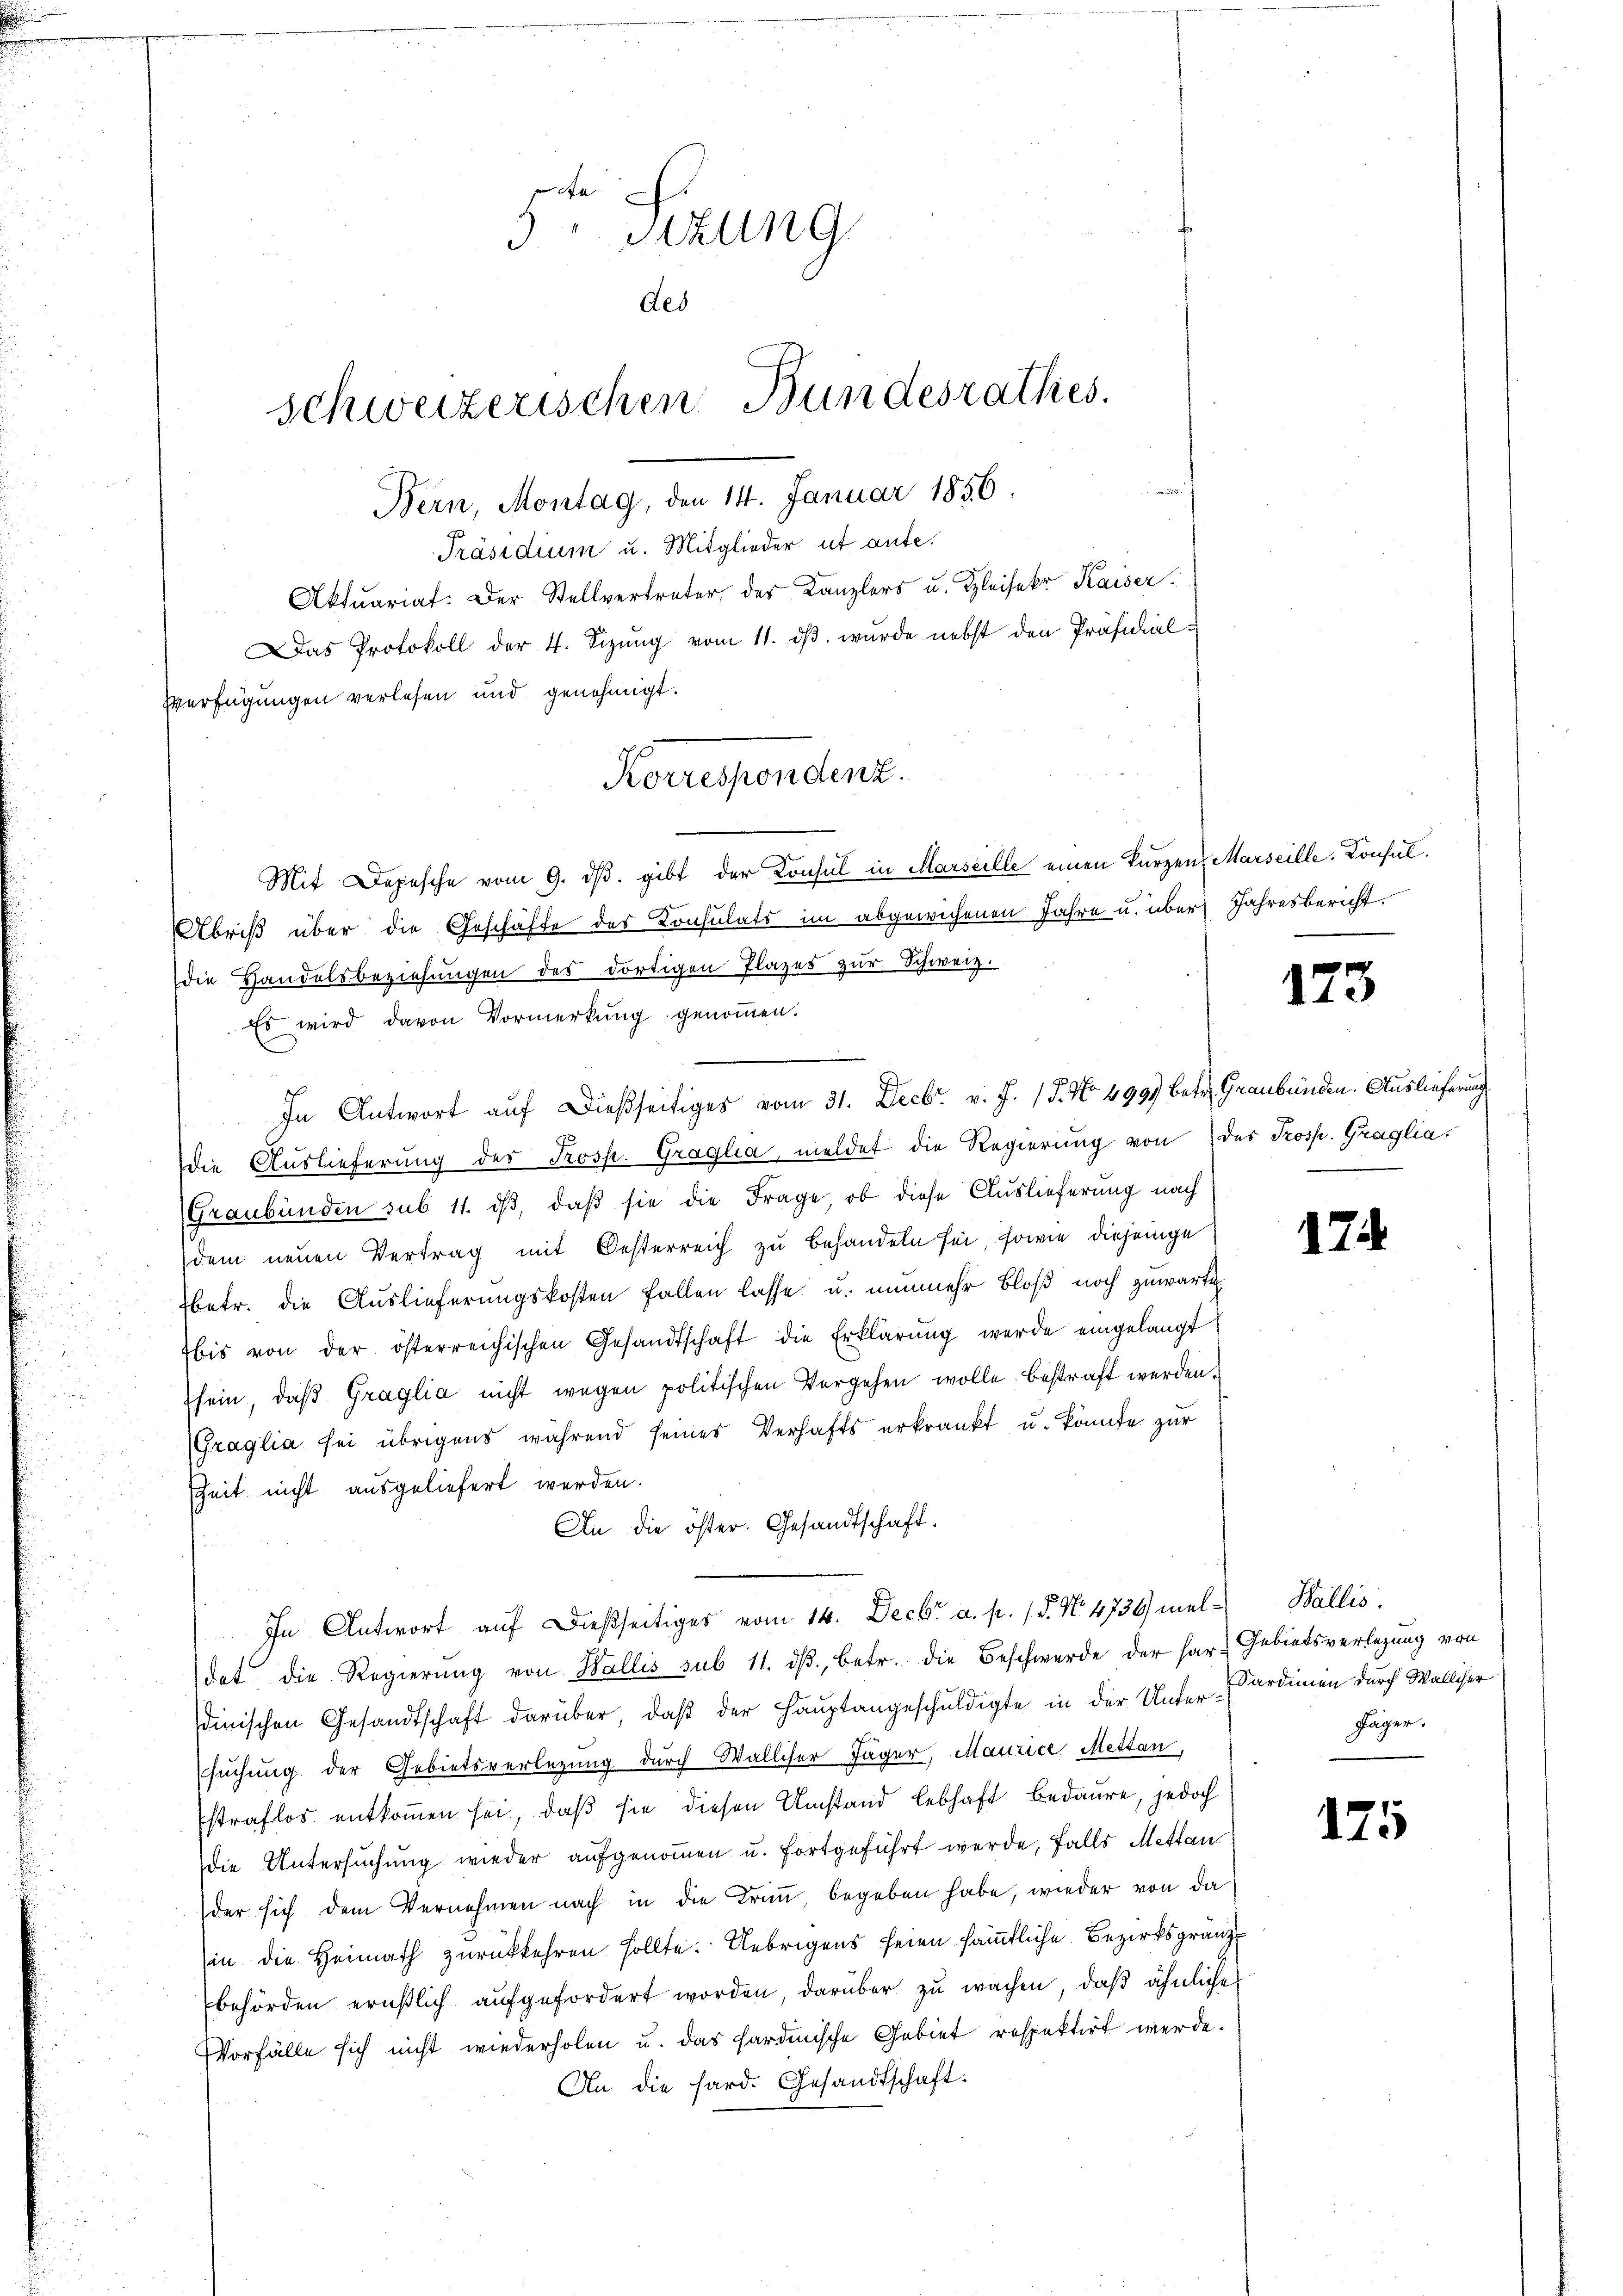
Bern, Montag, den 14. Januar 1856.

Sizung
des
Schweizerischen Bundesrathes.

Präsidium u. Mitglieder ut aufe.
Aktuariat. Der Stellvertreter des Kanzlers u. Kleisekr Kaiser
Das Protokoll der 4. Sizŭng vom 11. dβ. wurde nebst den Präsidial-
Verfügungen verlesen und genehmigt.
Korrespendenz.

Mit Depesche vom 9. ds. gibt der Konsul in Marseille einen kurzen Marseille Konsul¬
Abris über die Geschäfte des Konsulats im abgewichenen Jahre u. über Jahresbericht.
die Handelsbeziehungen des dortigen Plazes zur Schweiz.
Es wird davon Vormerkung genommen.
die Auslieferung des Prosp. Graglia, meldet die Regierung von des Prosp. Graglia.
Graubünden sub 11. dβ, daß sie die Frage, ob diese Auslieferung nach
dem neuen Vertrag mit Oesterreich zu behandeln sei, sowie diejenige
betr. die Auslieferungskosten fallen lasse u. nunmehr bloß noch zuwarte
is von der österreichischen Gesandtschaft die Erklärung werde eingelangt
sein, daβ Graglia nicht wegen politischen Vorgehen wolle bestraft werden.
Graglia sei übrigens während seines Verhafts erkrankt u. könnte zur
Zeit nicht ausgeliefert werden.
An die öster. Gesandtschaft.
In Antwort auf dießseitiges vom 14. Decbr a. p. / 5. No. 4739) mel-Wallis.
dat die Regierung von Wallis sub 11. dβ, betr. die Beschwerde der har- Gebietsverlegung von
dinischen Gesandtschaft darüber, daß der Hauptangeschuldigte in der Unter-Kardinen durch Walliser
suchung der Gebietsverlegung durch Walliser Jäger, Maurice Metten,
straflos entkommen sei, daß sie diesen Umstand lebhaft bedaure, jedoch
die Untersuchung wieder aufgenommen u. fortgeführt werde, falls Mettan
der sich dem Vernehmen nach in die Trin, begeben habe, wieder von da
in die Heimath zurückkehren sollte. Uebrigens seien sämmtliche Bezirksgränzbehörden ernstlich aŭfgefordert worden, darüber zŭ wachen, daβ ähnliche
Vorfälle sich nicht wiederholen u. das sardinische Gebiet respektirt werde.
An die hard. Gesandtschaft.

In Antwort auf dießseitiges vom 31. Decbr. v. J. 17. No. 499 betr. Graubünden. Auslieferung

173

17

Jäger.

125